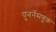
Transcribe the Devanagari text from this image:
पुनर्नेमणूक